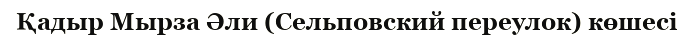
Қадыр Мырза Әли (Сельповский переулок) көшесі